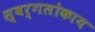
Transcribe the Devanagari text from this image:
स्वर्गलोकाय